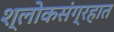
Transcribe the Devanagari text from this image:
श्लोकसंग्रहात